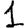
Digit: 1